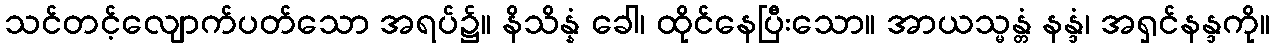
သင်တင့်လျောက်ပတ်သော အရပ်၌။ နိသိန္နံ ခေါ၊ ထိုင်နေပြီးသော။ အာယသ္မန္တံ နန္ဒံ၊ အရှင်နန္ဒကို။